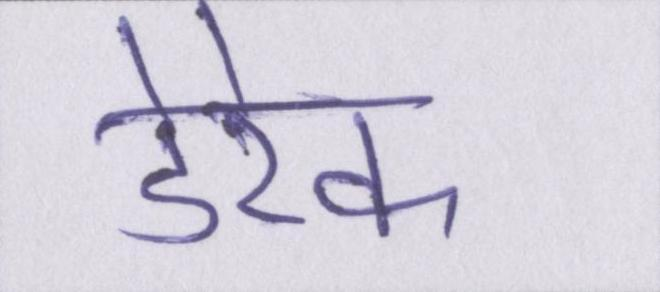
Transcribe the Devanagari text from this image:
डेरेक